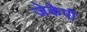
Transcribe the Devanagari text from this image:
जेकेपी